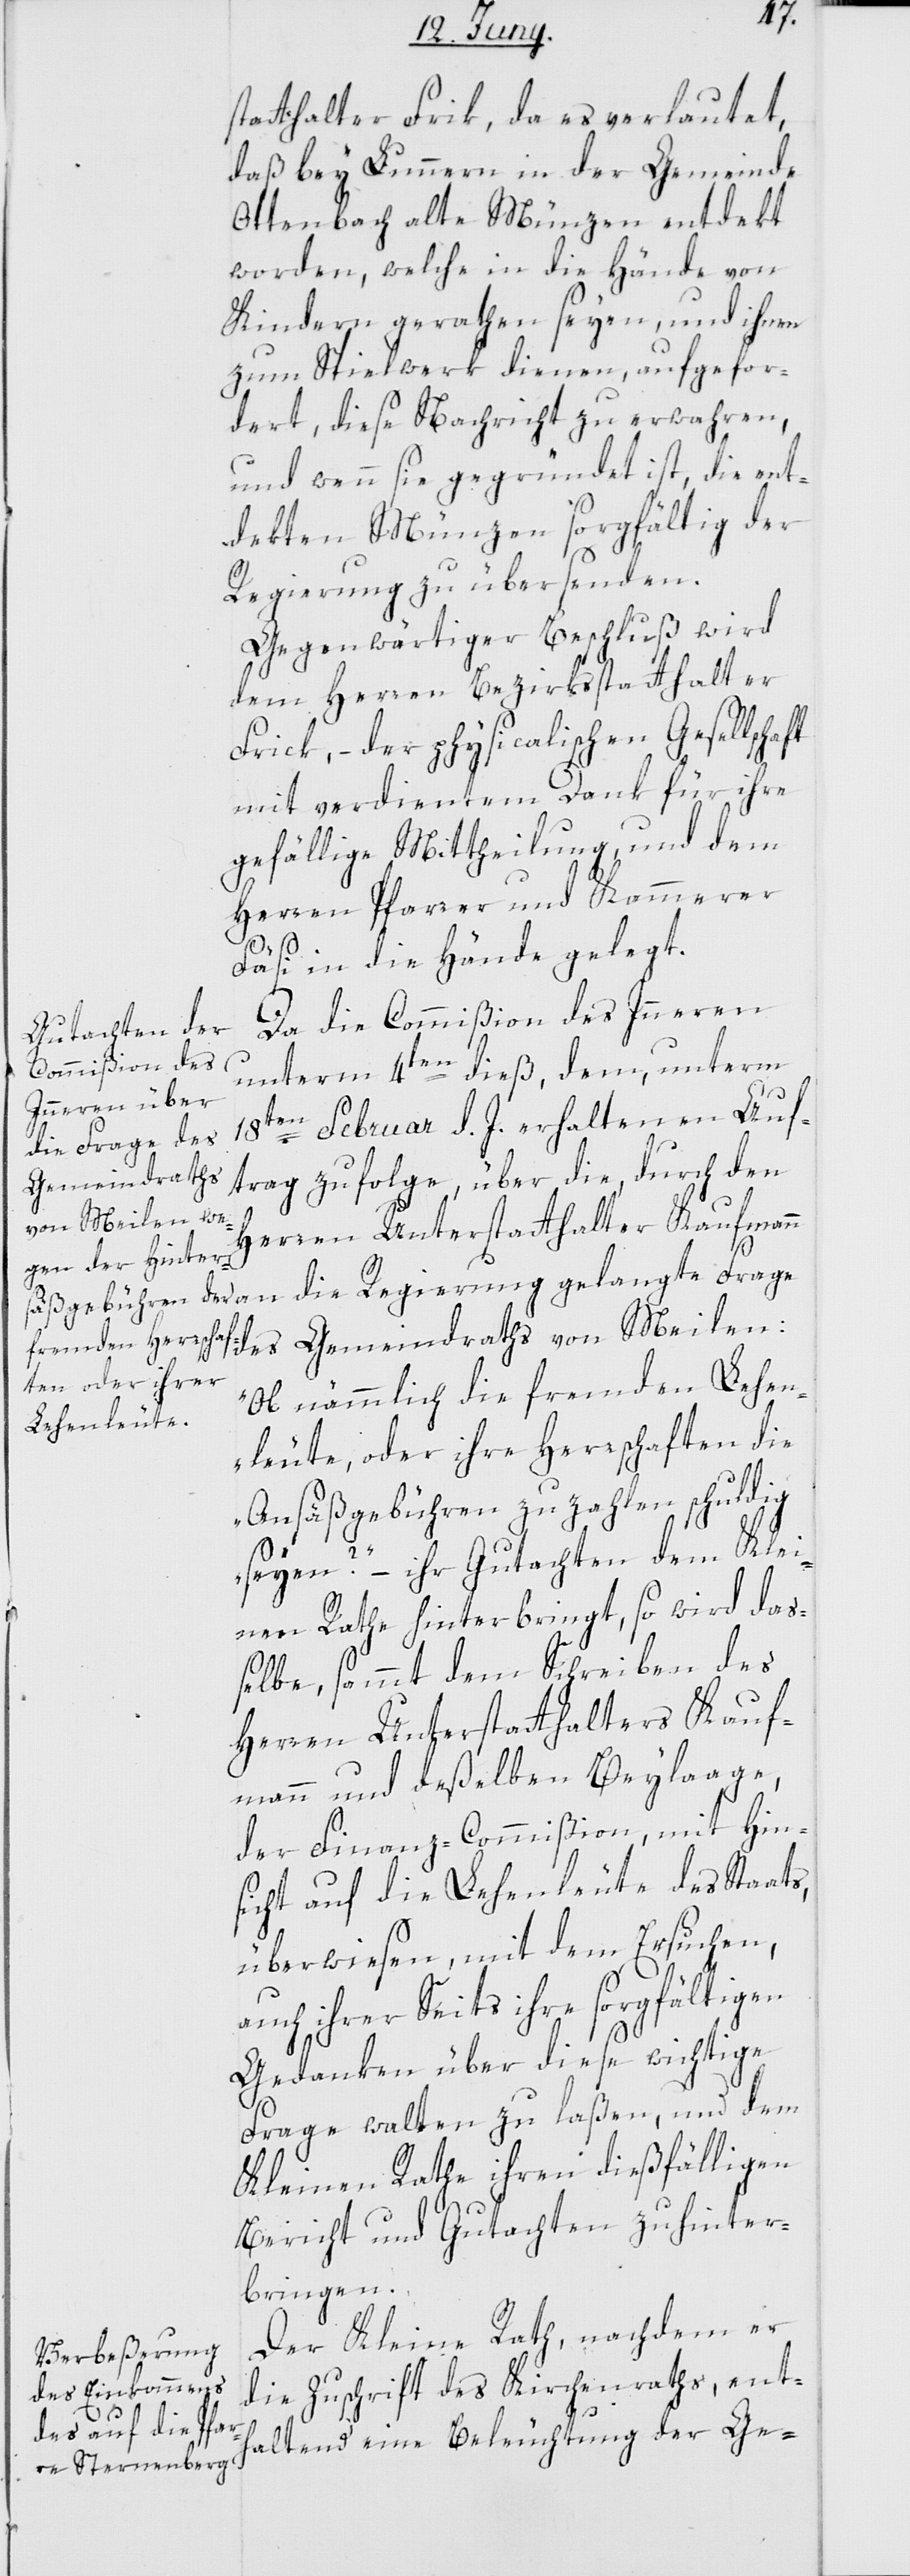
statthalter Frik, da es verlautet,
daß bey Lunnern in der Gemeinde
Ottenbach alte Münzen entdekt
worden, welche in die Hände von
Kindern gerathen seyen, und ihnen
zum Spielwerk dienen, aufgefor¬
dert, diese Nachricht zu erwahren,
und wenn sie gegründet ist, die ent¬
dekten Münzen sorgfältig der
Regierung zu übersenden.
Gegenwärtiger Beschluß wird
dem Herren Bezirksstatthalter
Frick, – der physicalischen Gesellscha¬
mit verdientem Dank für ihre
gefällige Mittheilung und dem
Herren Pfarrer und Kammerer
Fäsi in die Hände gelegt.
Da die Commißion des Innern
unterm 4ten dieß, dem unterm
en Februar d. J. erhaltenen Auf¬
trag zufolge, über die, durch den
Herren Unterstatthalter Kaufmann
ge des Gemeindraths von Meilen:
„Ob nämmlich die fremden Lehen¬
leute, oder ihre Herrschaften die
Ansäßgebühren zu zahlen schuldig
seyen?“ – ihr Gutachten dem Klei¬
nen Rathe hinterbringt, so wird da¬
ßelbe, sammt dem Schreiben des
Herren Unterstatthalters Kauf¬
mann und deßelben Beylaage,
der Finanz-Commißion mit Hin¬
sicht auf die Lehenleute des Staats,
überwiesen, mit dem Ersuchen,
Fra¬
auch ihrer Seits ihre sorgfältigen
Gedanken über diese wichtige
Frage walten zu laßen, und dem
Kleinen Rathe ihren dießfälligen
Bericht und Gutachten zu hinter¬
bringen.
Der Kleine Rath, nachdem er
die Zuschrift des Kirchenraths, ent¬
haltend eine Beleuchtung der Ge-